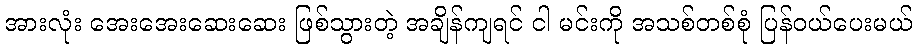
အားလုံး အေးအေးဆေးဆေး ဖြစ်သွားတဲ့ အချိန်ကျရင် ငါ မင်းကို အသစ်တစ်စုံ ပြန်ဝယ်ပေးမယ်